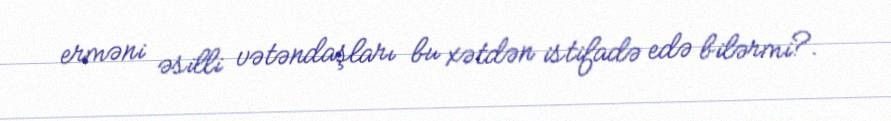
erməni əsilli vətəndaşları bu xətdən istifadə edə bilərmi?.